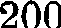
200